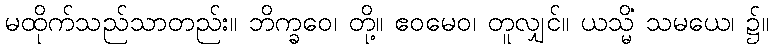
မထိုက်သည်သာတည်း။ ဘိက္ခဝေ၊ တို့။ ဧဝမေဝ၊ တူလျှင်။ ယသ္မိံ သမယေ၊ ၌။